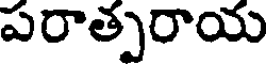
పరాత్పరాయ